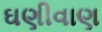
ઘણીવાણ